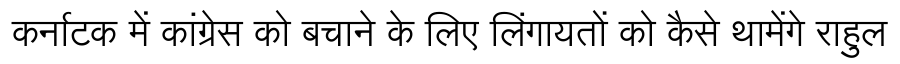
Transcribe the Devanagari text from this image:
कर्नाटक में कांग्रेस को बचाने के लिए लिंगायतों को कैसे थामेंगे राहुल